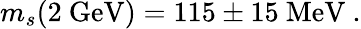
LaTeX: m_{s}(2\ \mathrm{GeV})=115\pm 15\ \mathrm{MeV}\ .